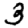
Digit: 3